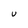
Character: v